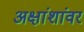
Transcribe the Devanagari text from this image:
अक्षांशांवर